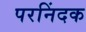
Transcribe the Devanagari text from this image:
परनिंदक